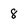
Character: 8